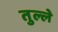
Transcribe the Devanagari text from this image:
तुल्ले